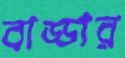
বাড্ডার